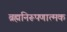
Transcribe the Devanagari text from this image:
ब्रह्मनिरूपणात्मक